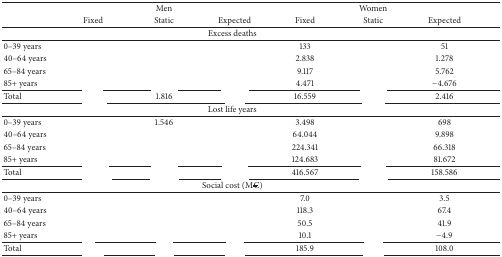
<table><thead><tr><td>[EMPTY_CELL]</td><td>[EMPTY_CELL]</td><td><b>Men </b></td><td>[EMPTY_CELL]</td><td>[EMPTY_CELL]</td><td><b>Women </b></td><td>[EMPTY_CELL]</td></tr><tr><td>[EMPTY_CELL]</td><td><b>Fixed </b></td><td><b>Static </b></td><td><b>Expected </b></td><td><b>Fixed </b></td><td><b>Static </b></td><td><b>Expected </b></td></tr></thead><tbody><tr><td colspan="7">Excess deaths</td></tr><tr><td>0–39 years </td><td>[EMPTY_CELL]</td><td>[EMPTY_CELL]</td><td>[EMPTY_CELL]</td><td>133 </td><td>[EMPTY_CELL]</td><td>51 </td></tr><tr><td>40–64 years </td><td>[EMPTY_CELL]</td><td>[EMPTY_CELL]</td><td>[EMPTY_CELL]</td><td>2.838 </td><td>[EMPTY_CELL]</td><td>1.278 </td></tr><tr><td>65–84 years </td><td>[EMPTY_CELL]</td><td>[EMPTY_CELL]</td><td>[EMPTY_CELL]</td><td>9.117 </td><td>[EMPTY_CELL]</td><td>5.762 </td></tr><tr><td>85+ years </td><td>[EMPTY_CELL]</td><td>[EMPTY_CELL]</td><td>[EMPTY_CELL]</td><td>4.471 </td><td>[EMPTY_CELL]</td><td>−4.676 </td></tr><tr><td>Total </td><td>[EMPTY_CELL]</td><td>1.816 </td><td>[EMPTY_CELL]</td><td>16.559 </td><td>[EMPTY_CELL]</td><td>2.416 </td></tr><tr><td colspan="7">Lost life years</td></tr><tr><td>0–39 years </td><td>[EMPTY_CELL]</td><td>1.546 </td><td>[EMPTY_CELL]</td><td>3.498 </td><td>[EMPTY_CELL]</td><td>698 </td></tr><tr><td>40–64 years </td><td>[EMPTY_CELL]</td><td>[EMPTY_CELL]</td><td>[EMPTY_CELL]</td><td>64.044 </td><td>[EMPTY_CELL]</td><td>9.898 </td></tr><tr><td>65–84 years </td><td>[EMPTY_CELL]</td><td>[EMPTY_CELL]</td><td>[EMPTY_CELL]</td><td>224.341 </td><td>[EMPTY_CELL]</td><td>66.318 </td></tr><tr><td>85+ years </td><td>[EMPTY_CELL]</td><td>[EMPTY_CELL]</td><td>[EMPTY_CELL]</td><td>124.683 </td><td>[EMPTY_CELL]</td><td>81.672 </td></tr><tr><td>Total </td><td>[EMPTY_CELL]</td><td>[EMPTY_CELL]</td><td>[EMPTY_CELL]</td><td>416.567 </td><td>[EMPTY_CELL]</td><td>158.586 </td></tr><tr><td colspan="7">Social cost (M€)</td></tr><tr><td>0–39 years </td><td>[EMPTY_CELL]</td><td>[EMPTY_CELL]</td><td>[EMPTY_CELL]</td><td>7.0 </td><td>[EMPTY_CELL]</td><td>3.5 </td></tr><tr><td>40–64 years </td><td>[EMPTY_CELL]</td><td>[EMPTY_CELL]</td><td>[EMPTY_CELL]</td><td>118.3 </td><td>[EMPTY_CELL]</td><td>67.4 </td></tr><tr><td>65–84 years </td><td>[EMPTY_CELL]</td><td>[EMPTY_CELL]</td><td>[EMPTY_CELL]</td><td>50.5 </td><td>[EMPTY_CELL]</td><td>41.9 </td></tr><tr><td>85+ years </td><td>[EMPTY_CELL]</td><td>[EMPTY_CELL]</td><td>[EMPTY_CELL]</td><td>10.1 </td><td>[EMPTY_CELL]</td><td>−4.9 </td></tr><tr><td>Total </td><td>[EMPTY_CELL]</td><td>[EMPTY_CELL]</td><td>[EMPTY_CELL]</td><td>185.9 </td><td>[EMPTY_CELL]</td><td>108.0 </td></tr></tbody></table>